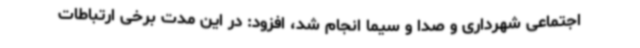
اجتماعی شهرداری و صدا و سیما انجام شد، افزود: در این مدت برخی ارتباطات